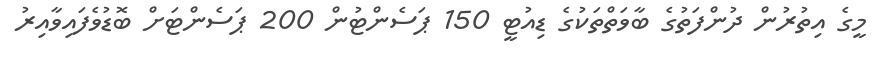
މީގެ އިތުރުން ދުންފަތުގެ ބާވަތްތަކުގެ ޑިއުޓީ 150 ޕަސެންޓުން 200 ޕަސެންޓަށް ބޮޑުވެފައިވާއިރު